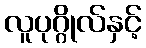
လူပုဂ္ဂိုလ်နှင့်